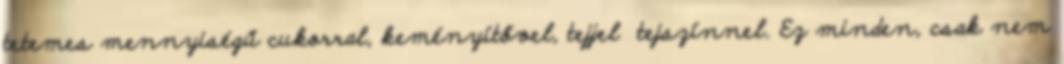
tetemes mennyiségű cukorral, keményítővel, tejjel tejszínnel. Ez minden, csak nem